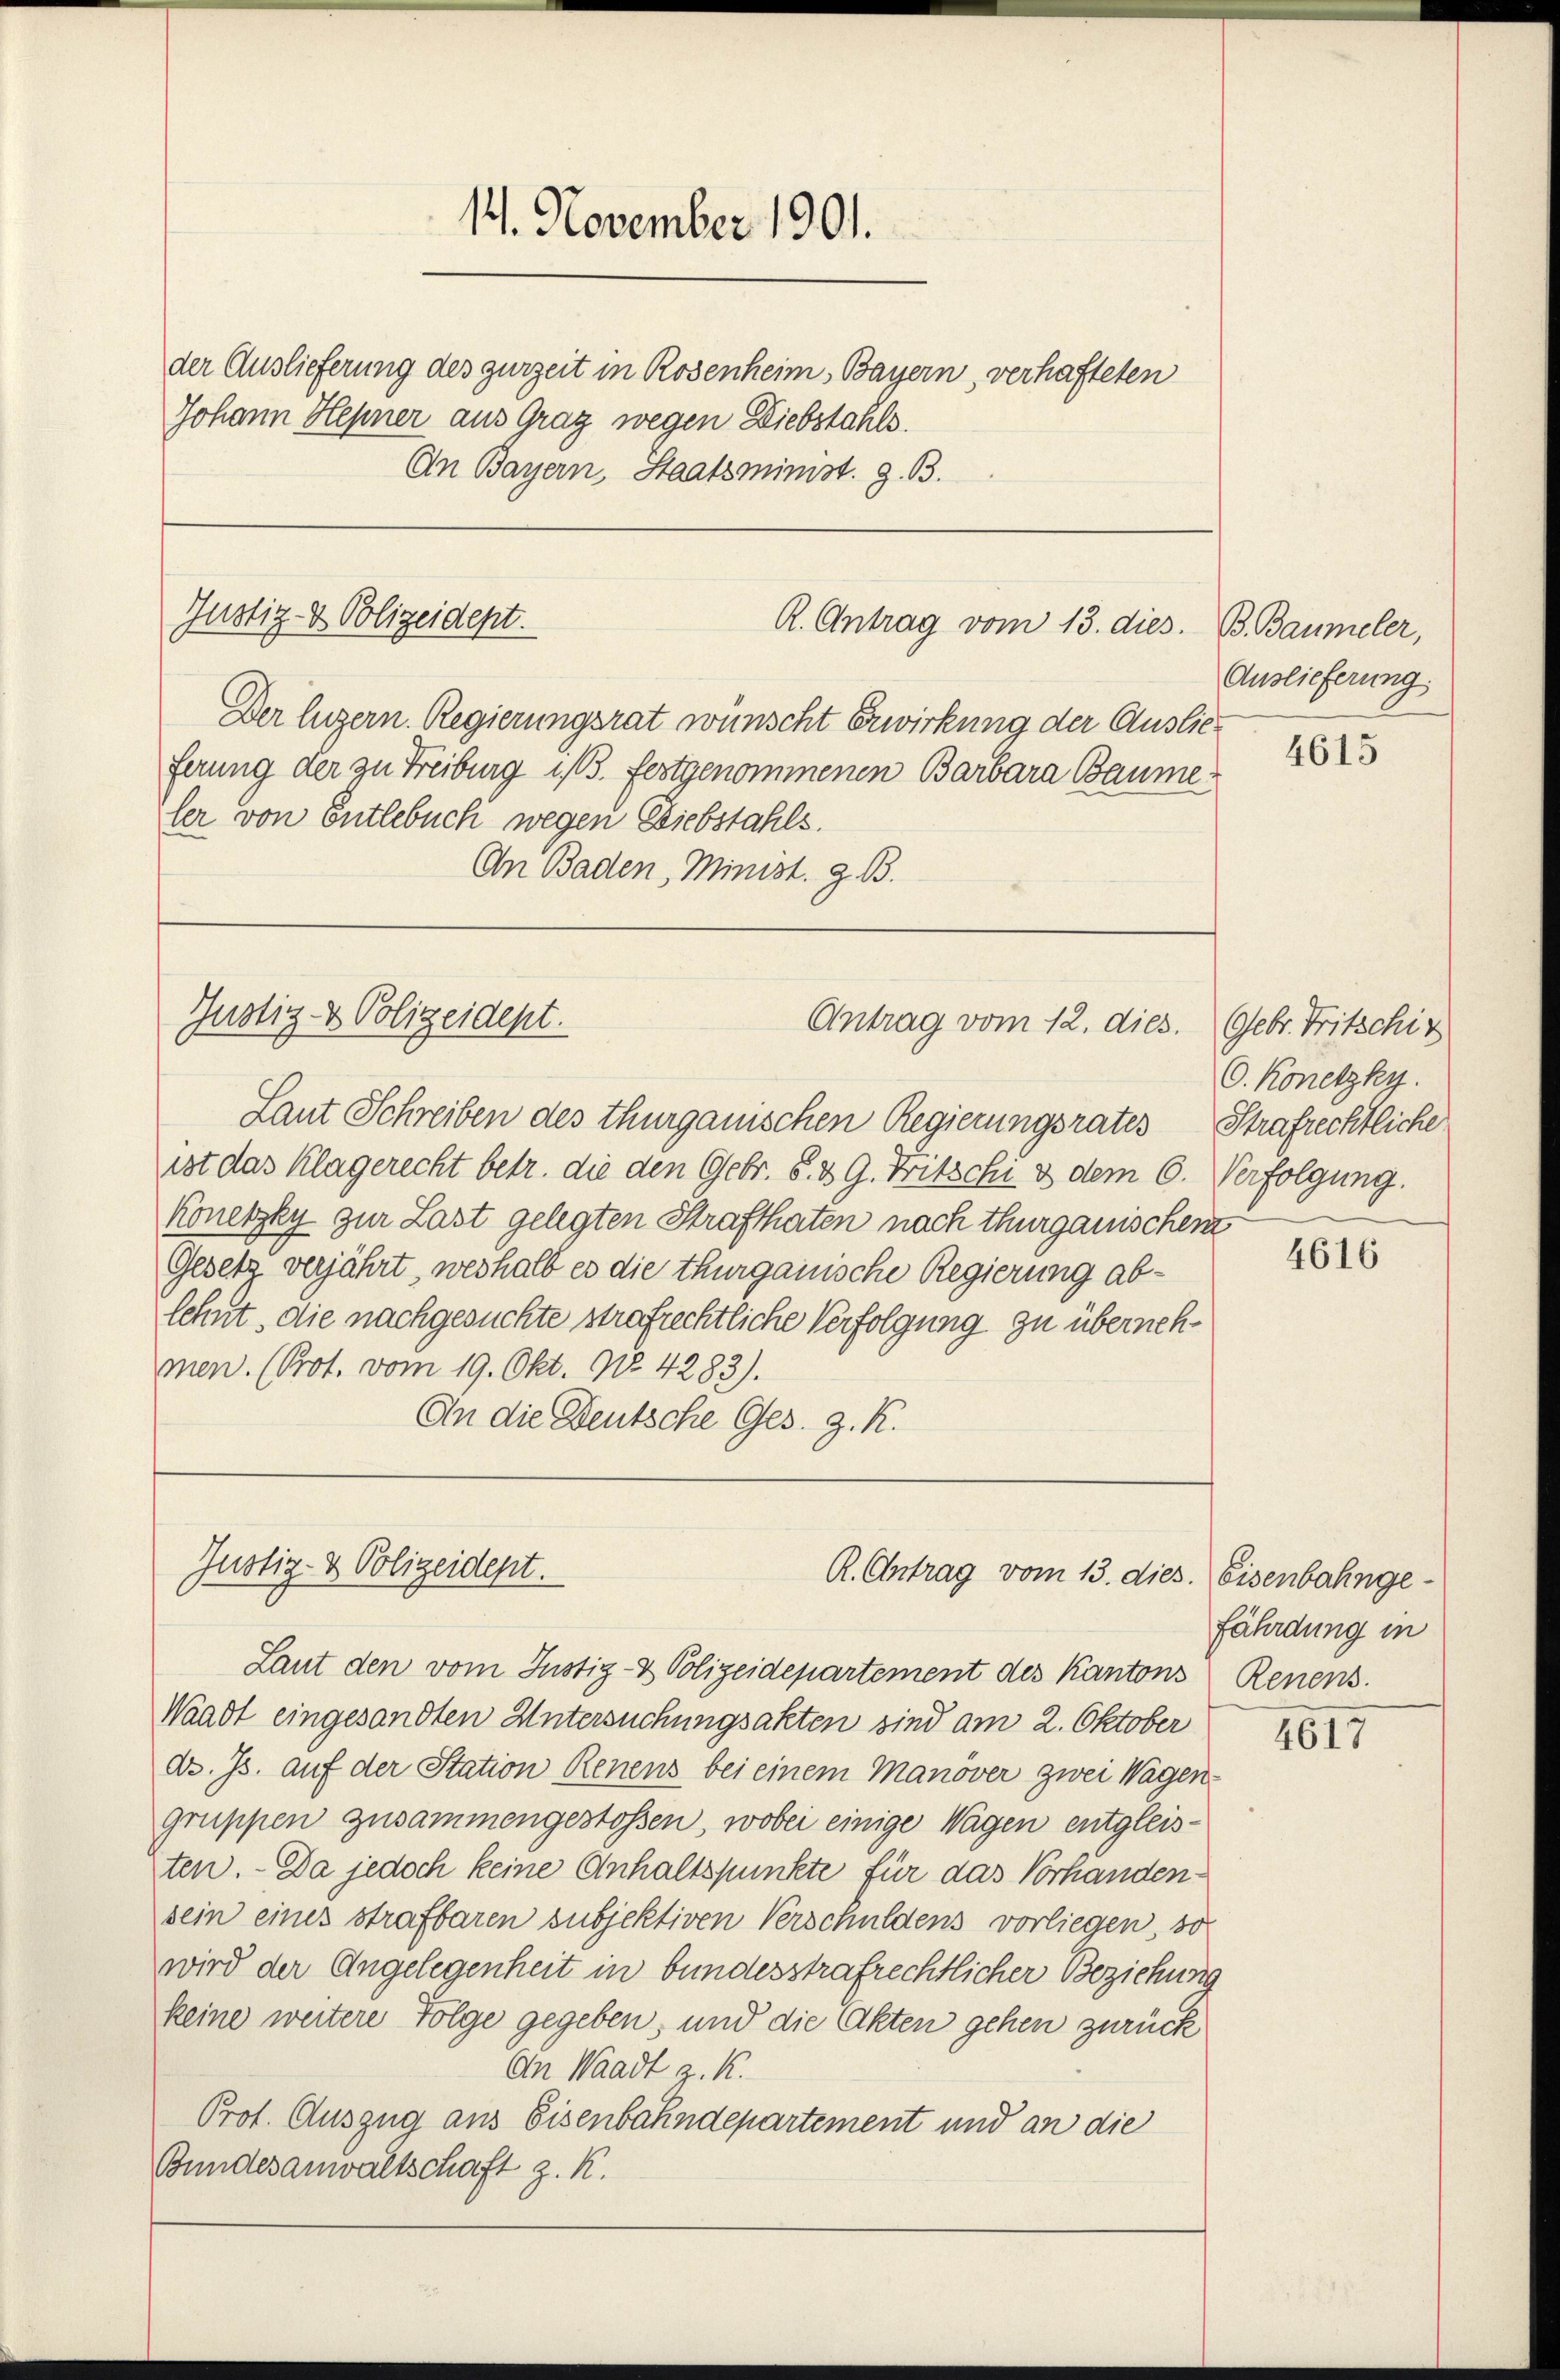
11. November 1901.
der Auslieferung des zurzeit in Rosenheim Bayern, verhafteten
Johann Hepner aus Graz wegen Diebstahls.
An Bayern, Staatsminist. z. B.

Justiz- & Polizeidept.
R. Antrag vom 13. dies
Der Eigern. Regierungsrat wünscht Erwirkung der Auslieferung der zu Freiburg ist 3. festgenommenen Barbara Baume

ler von Entlebuch wegen Diebstahls.
An Baden, Minist. z. B.

Justiz- & Polizeident.
Antrag vom 12. dies.

Laut Schreiben des thurgauischen Regierungsrates Strafrechtliche
ist das Klagerecht betr. die den Gebr. §. 3 9. Fritschi & dem 6. Verfolgung.
Konetzky zur Last gelegten Strafthaten nach thurgauischen
Gesetz verjährt, weshalb es die thurgauische Regierung ablehnt, die nachgesuchte strafrechtliche Verfolgung zu übernehmen. (Prot. vom 19. Okt. 908. 4283).
An die Deutsche Ges. z. R.

Justiz- & Polizeidept.
R. Antrag vom 13. dies. Eisenbahnge¬

Laut den vom Justiz- & Polizeidepartement des Kantons
Waadt eingesandten Untersuchungsakten sind am 2. Oktober
dr. Js. auf der Station Renens bei einem Manöver zwei Wagengruppen zusammengestossen, wobei einige Wagen entgleisten. - Da jedoch keine Anhaltspunkte für das Vorhandensein eines strafbaren subjektiven Verschuldens vorliegen, so
wird der Angelegenheit in bundesstrafrechtlicher Beziehung
keine weitere Folge gegeben, und die Akten gehen zurück
An Waadt z. K.
Prot. Auszug aus Eisenbahndepartement und an die
Bundesanwaltschaft z. K.

B. Baumeler,
Auslieferung.

4615

Gebr. Tritschir
O. Konetzky.

4616

fährdung in
Renens.

4617